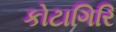
કોટાગિરિ